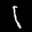
Label: 1